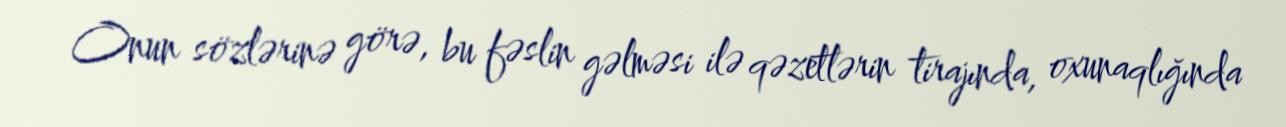
Onun sözlərinə görə, bu fəslin gəlməsi ilə qəzetlərin tirajında, oxunaqlığında